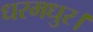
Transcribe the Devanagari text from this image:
धरमधुर।